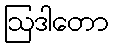
ဩဒါတော